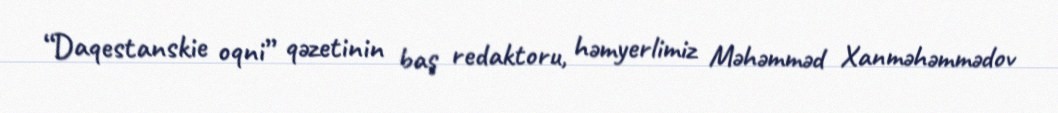
“Daqestanskie oqni” qəzetinin baş redaktoru, həmyerlimiz Məhəmməd Xanməhəmmədov